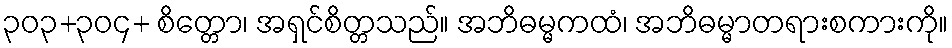
၃၀၃+၃၀၄+ စိတ္တော၊ အရှင်စိတ္တသည်။ အဘိဓမ္မကထံ၊ အဘိဓမ္မာတရားစကားကို။